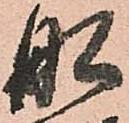
舩